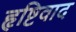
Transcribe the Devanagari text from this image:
हृष्टिवाद